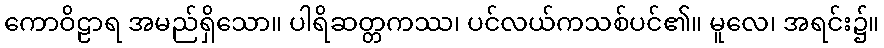
ကောဝိဠာရ အမည်ရှိသော။ ပါရိဆတ္တကဿ၊ ပင်လယ်ကသစ်ပင်၏။ မူလေ၊ အရင်း၌။